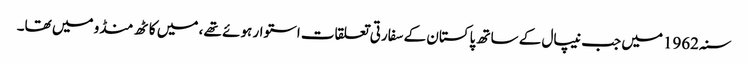
سنہ 1962میں جب نیپال کے ساتھ پاکستان کے سفارتی تعلقات استوار ہوئے تھے ، میں کاٹھ منڈو میں تھا۔